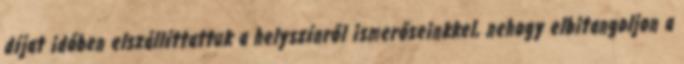
díjat időben elszállíttattuk a helyszínről ismerőseinkkel, nehogy elbitangoljon a